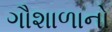
ગૌશાળાનો